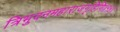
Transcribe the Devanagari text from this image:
त्रिभुवनमहाराजगृहिणि॥१४॥